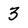
Character: 3